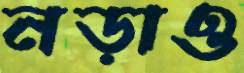
নড়াও